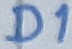
Text: D1